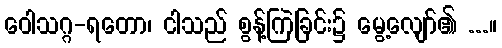
ဝေါသဂ္ဂ-ရတော၊ ငါသည် စွန့်ကြဲခြင်း၌ မွေ့လျော်၏ ...။